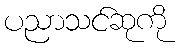
ပညာသင်ဆုကို